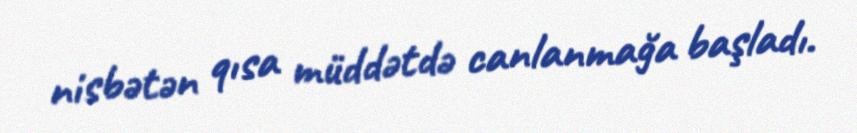
nisbətən qısa müddətdə canlanmağa başladı.